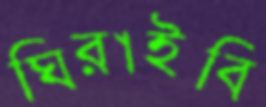
ঘিরাইবি